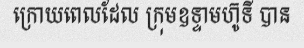
ក្រោយពេលដែល ក្រុមឧទ្ទាមហ៊ូទី បាន